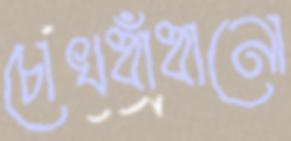
চোখধাঁধানো